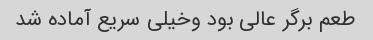
طعم برگر عالی بود وخیلی سریع آماده شد